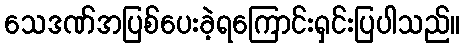
သေဒဏ်အပြစ်ပေးခဲ့ရကြောင်းရှင်းပြပါသည်။